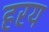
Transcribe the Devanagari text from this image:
हरय